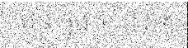
មន្ត ក្នុង ច្បាប់ គូឡុំ